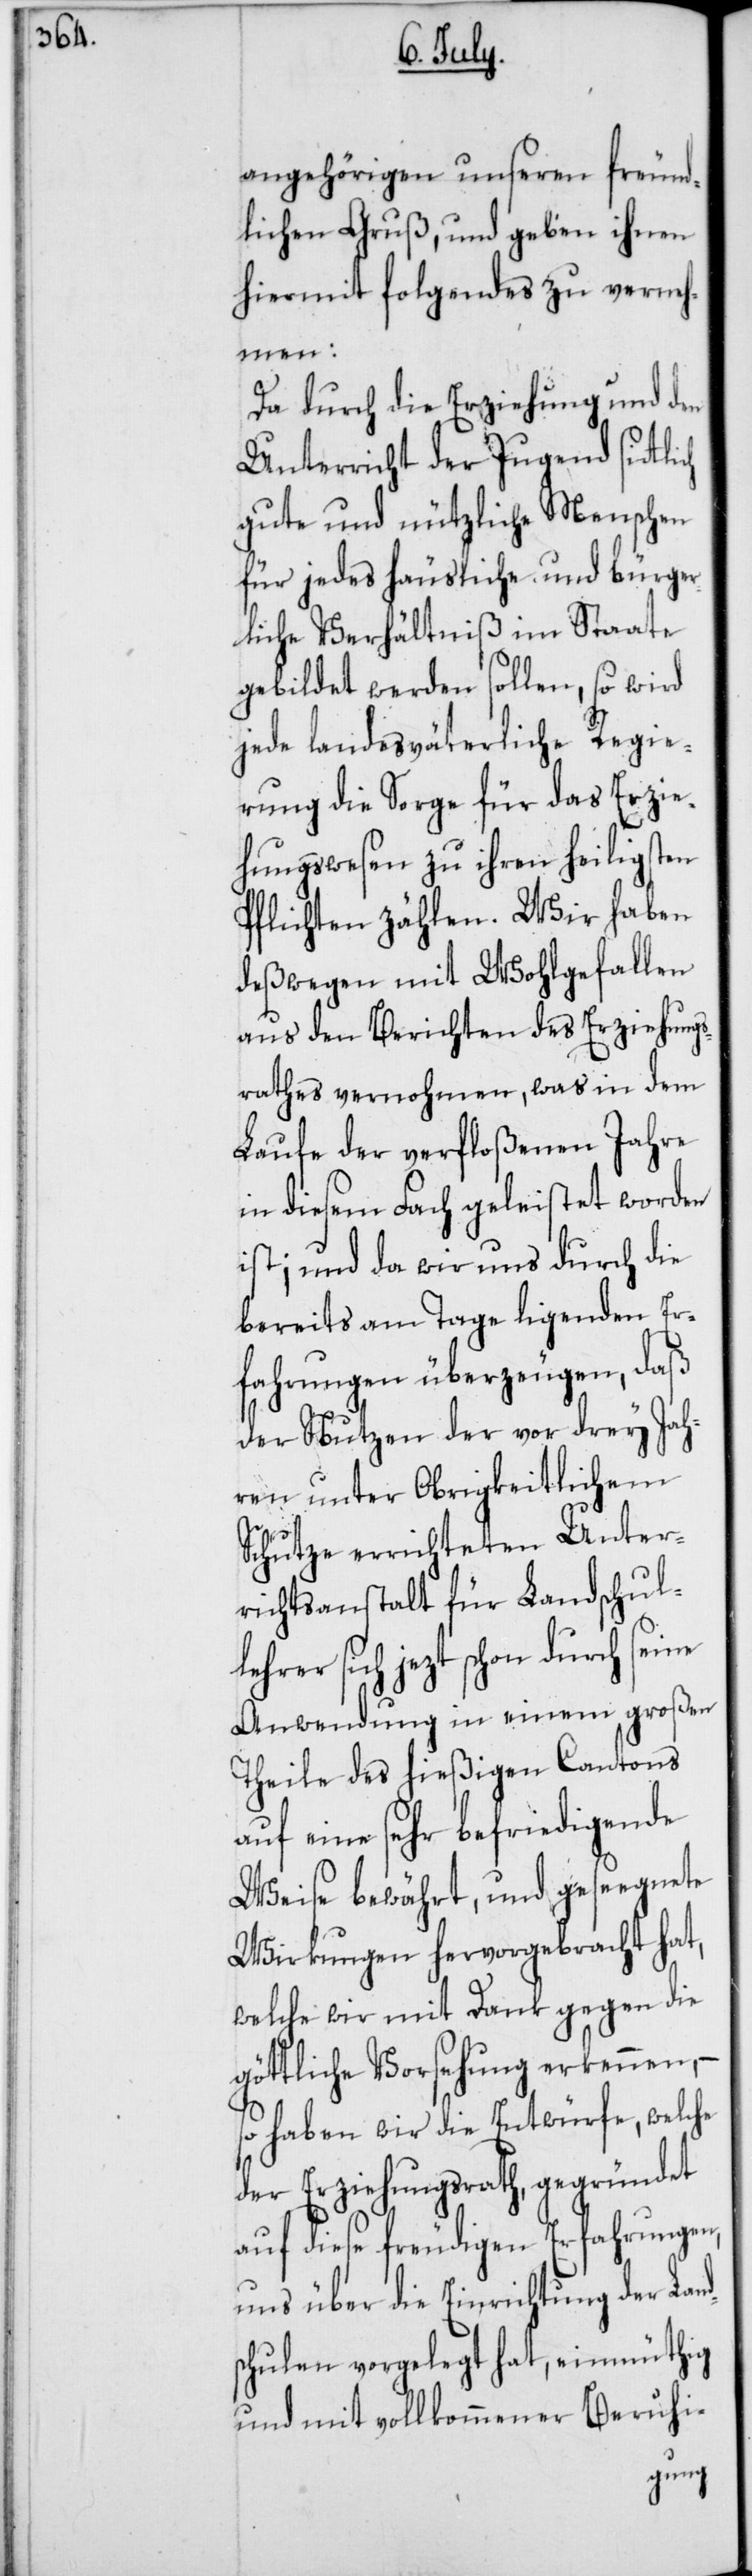
angehörigen unseren freund¬
lichen Gruß, und geben ihnen
hiermit folgendes zu verneh¬
men:
Da durch die Erziehung und den
Unterricht der Jugend sitlich
gute und nützliche Menschen
für jedes häusliche und bürger¬
liche Verhältniß im Staate
gebildet werden sollen, so wird
jede landesväterliche Regie¬
rung die Sorge für das Erzie¬
hungswesen zu ihren heiligsten
Pflichten zählen. Wir haben
deßwegen mit Wohlgefallen
aus den Berichten des Erziehungs¬
rathes vernohmen, was in dem
Laufe der verfloßenen Jahre
in diesem Fach geleistet worden
ist; und da wir uns durch die
bereits am Tage ligenden Er¬
fahrungen überzeugen, daß
der Nutzen der vor drey Jah¬
ren unter Obrigkeitlichem
Schutze errichteten Unter¬
richtsanstalt für Landschull¬
ehrer sich jezt schon durch seine
Anwendung in einem großen
Theile des hießigen Cantons
auf eine sehr befriedigende
Weise bewährt, und geseegnete
Wirkungen hervorgebracht hat,
welche wie mit Dank gegen die
göttliche Vorsehung erkennen, –
so haben wir die Entwürfe, welche
der Erziehungsrath, gegründet
auf diese freudigen Erfahrungen,
uns über die Einrichtung der Lan¬
chulen vorgelegt hat, einmüthig
und mit vollkommener Beruhi-
ds¬